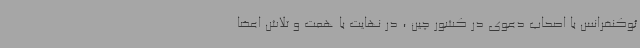
ئوکنفرانس با اصحاب دعوی در کشور چین ، در نهایت با همت و تلاش اعضا